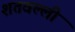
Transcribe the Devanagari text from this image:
शतवल्ली